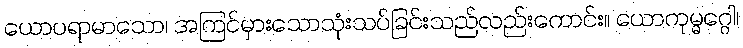
ယောပရာမာသော၊ အကြင်မှားသောသုံးသပ်ခြင်းသည်လည်းကောင်း။ ယောကုမ္မဂ္ဂေါ၊